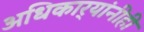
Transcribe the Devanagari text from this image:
अधिकार्‍यांनीही